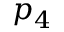
p _ { 4 }